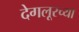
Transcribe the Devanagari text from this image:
देगलूरच्या